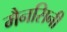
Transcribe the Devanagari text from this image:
मैनसिनी